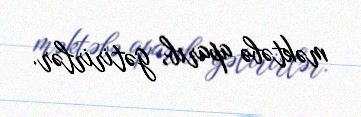
məktəbə aparıb, gətirirlər.